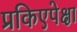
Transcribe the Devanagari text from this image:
प्रकिएपेक्षा